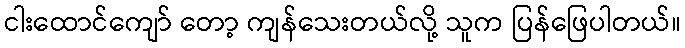
ငါးထောင်ကျော် တော့ ကျန်သေးတယ်လို့ သူက ပြန်ဖြေပါတယ်။